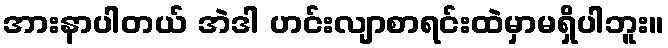
အားနာပါတယ် အဲဒါ ဟင်းလျာစာရင်းထဲမှာမရှိပါဘူး။